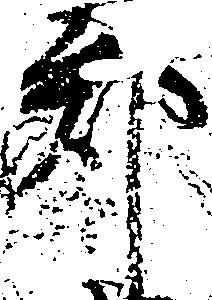
郡